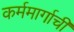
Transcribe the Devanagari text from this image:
कर्ममार्गाची